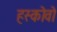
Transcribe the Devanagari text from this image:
हस्कोवो